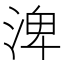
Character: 渒